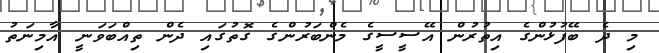
މި ދެ ބޭފުޅުންގެ އިތުރުން އޭސީސީގެ މެންބަރުންގެ ގޮތުގައި ދެން ތިއްބަވަނީ އާމިނަތު